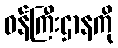
ဝန်ကြီးဌာနကို